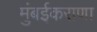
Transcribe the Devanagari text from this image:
मुंबईकराणा